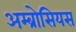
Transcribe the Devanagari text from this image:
अम्ब्रोसियस